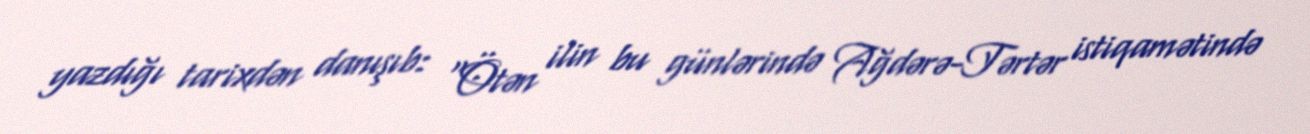
yazdığı tarixdən danışıb: “Ötən ilin bu günlərində Ağdərə-Tərtər istiqamətində